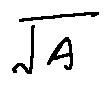
\sqrt { A }